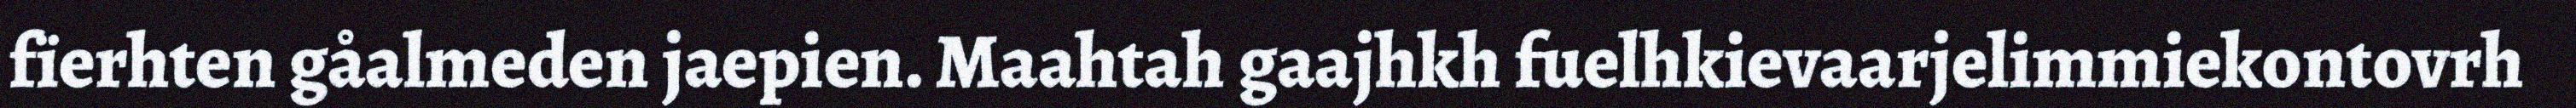
fïerhten gåalmeden jaepien. Maahtah gaajhkh fuelhkievaarjelimmiekontovrh